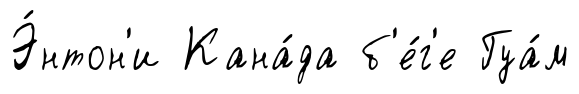
Э́нтон'и Кана́да б'е́г'е Гуа́м